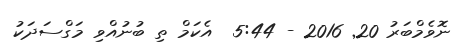
ނޮވެމްބަރު 20